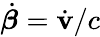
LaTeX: \dot{\boldsymbol{{\beta}}}=\dot{\mathbf{v}}/c